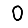
Digit: 0